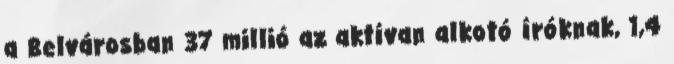
a Belvárosban 37 millió az aktívan alkotó íróknak, 1,4